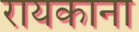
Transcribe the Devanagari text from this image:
रायकाना